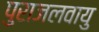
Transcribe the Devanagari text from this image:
पुराजलवायु